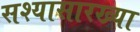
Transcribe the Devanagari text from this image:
सश्यासारख्या